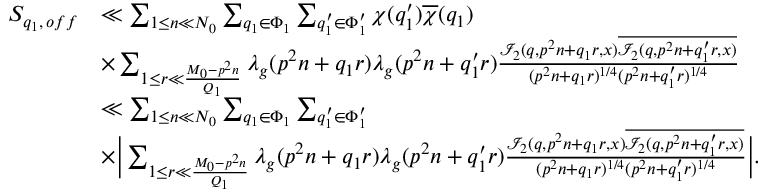
\begin{array} { r l } { S _ { q _ { 1 } , \, o f f } } & { \ll \sum _ { 1 \leq n \ll N _ { 0 } } \sum _ { q _ { 1 } \in \Phi _ { 1 } } \sum _ { q _ { 1 } ^ { \prime } \in \Phi _ { 1 } ^ { \prime } } \chi ( q _ { 1 } ^ { \prime } ) \overline { { \chi } } ( q _ { 1 } ) } \\ & { \times \sum _ { 1 \leq r \ll \frac { M _ { 0 } - p ^ { 2 } n } { Q _ { 1 } } } \lambda _ { g } ( p ^ { 2 } n + q _ { 1 } r ) \lambda _ { g } ( p ^ { 2 } n + q _ { 1 } ^ { \prime } r ) \frac { \mathcal { I } _ { 2 } ( q , p ^ { 2 } n + q _ { 1 } r , x ) \overline { { \mathcal { I } _ { 2 } ( q , p ^ { 2 } n + q _ { 1 } ^ { \prime } r , x ) } } } { ( p ^ { 2 } n + q _ { 1 } r ) ^ { 1 / 4 } ( p ^ { 2 } n + q _ { 1 } ^ { \prime } r ) ^ { 1 / 4 } } } \\ & { \ll \sum _ { 1 \leq n \ll N _ { 0 } } \sum _ { q _ { 1 } \in \Phi _ { 1 } } \sum _ { q _ { 1 } ^ { \prime } \in \Phi _ { 1 } ^ { \prime } } } \\ & { \times \Big | \sum _ { 1 \leq r \ll \frac { M _ { 0 } - p ^ { 2 } n } { Q _ { 1 } } } \lambda _ { g } ( p ^ { 2 } n + q _ { 1 } r ) \lambda _ { g } ( p ^ { 2 } n + q _ { 1 } ^ { \prime } r ) \frac { \mathcal { I } _ { 2 } ( q , p ^ { 2 } n + q _ { 1 } r , x ) \overline { { \mathcal { I } _ { 2 } ( q , p ^ { 2 } n + q _ { 1 } ^ { \prime } r , x ) } } } { ( p ^ { 2 } n + q _ { 1 } r ) ^ { 1 / 4 } ( p ^ { 2 } n + q _ { 1 } ^ { \prime } r ) ^ { 1 / 4 } } \Big | . } \end{array}